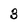
Character: 3